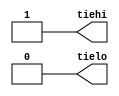

`timescale 1ns/10ps
`celldefine
module TIEHL (tiehi, tielo);
output  tiehi ;
output  tielo ;

assign tiehi = 1'b1;
assign tielo = 1'b0;
endmodule
`endcelldefine